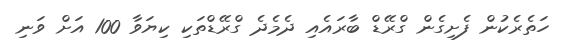
ހަތެރެކުން ފެށިގެން ގްރޭޑް ބާރައެއި ދެމެދެ ގްރޭޑްތަކި ކިޔަވާ 100 އަށް ވަނި